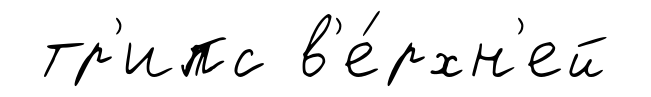
тр'ипс в'е́рхн'ей